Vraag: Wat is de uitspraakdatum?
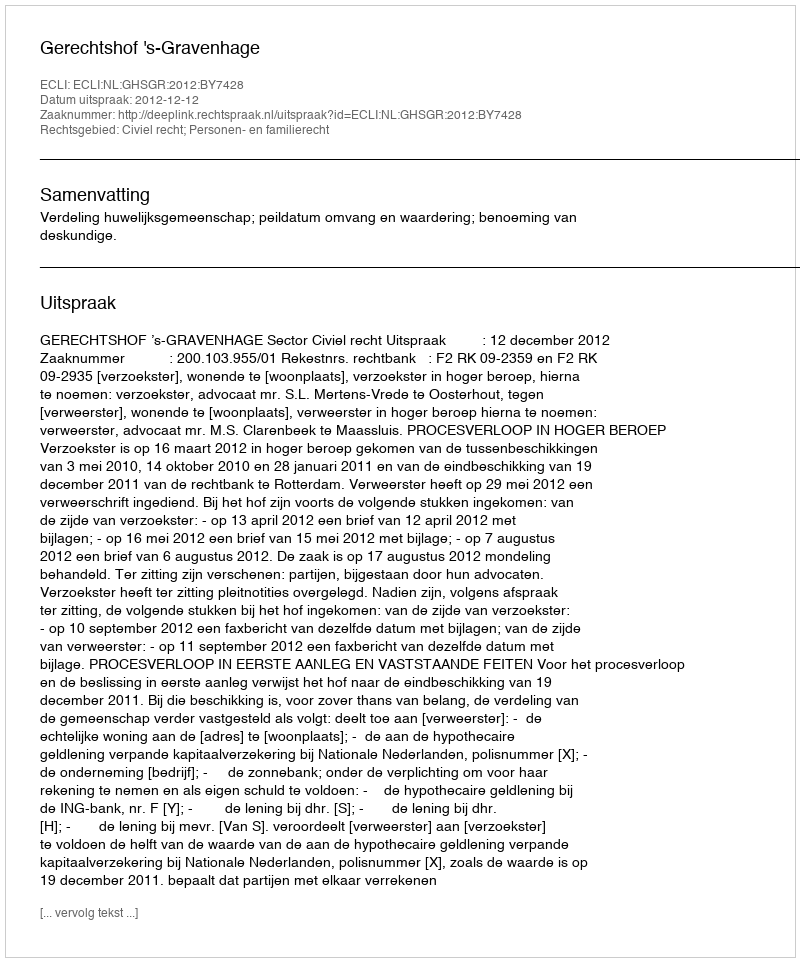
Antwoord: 2012-12-12